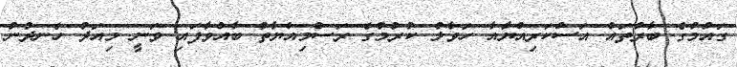
ގައުމުގެ ބާރުތައް އަސްކަރިއްޔާއާ ހަވާލު ކުރުމުގެ ރަސްމިއްޔާތު ބާއްވާފައި ވަނީ މިއަދު ހެނދުނު